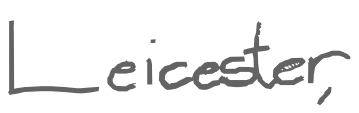
Text: Leicester,
Cross-out: clean
Writing tool: digital_gray